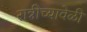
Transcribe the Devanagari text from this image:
रात्रीच्यावेळी